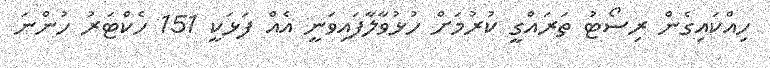
ހިއްކައިގެން ރިސޯޓު ތަރައްގީ ކުރުމަށް ހުޅުވާލާފައިވަނީ އެއް ފަޅަކީ 151 ހެކްޓަރު ހުންނަ